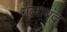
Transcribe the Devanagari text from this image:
गलाबंद